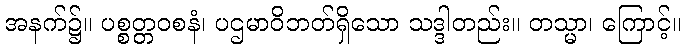
အနက်၌။ ပစ္စတ္တဝစနံ၊ ပဌမာဝိဘတ်ရှိသော သဒ္ဒါတည်း။ တသ္မာ၊ ကြောင့်။